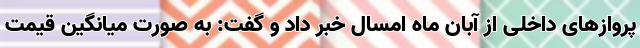
پروازهای داخلی از آبان ماه امسال خبر داد و گفت: به صورت میانگین قیمت